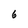
Character: 6